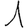
Digit: 1